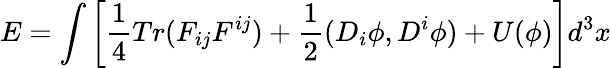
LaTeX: E=\int\left[\frac{1}{4}Tr(F_{ij}F^{ij})+\frac{1}{2}(D_{i}\phi,D^{i}\phi)+U(\phi)\right]d^{3}x